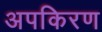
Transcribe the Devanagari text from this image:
अपकिरण